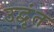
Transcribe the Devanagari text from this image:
उद्वृंत